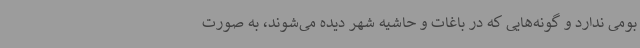
بومی ندارد و گونه‌هایی که در باغات و حاشیه شهر دیده می‌شوند، به صورت